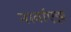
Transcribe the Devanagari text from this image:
नार्वाएझ